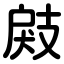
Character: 㪐